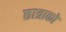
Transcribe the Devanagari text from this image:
छात्राको